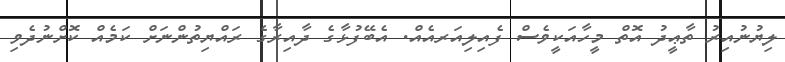
ލިޔުނުއިރު ތާޢީދު އޮތް މީހާއަކީވެސް ފެއިލިއަރއެއް. އެބޭފުޅާގެ ދާއިރާގެ ރައްޔިތުންނަށް ކަމެއް ކޮށްނުދެވި